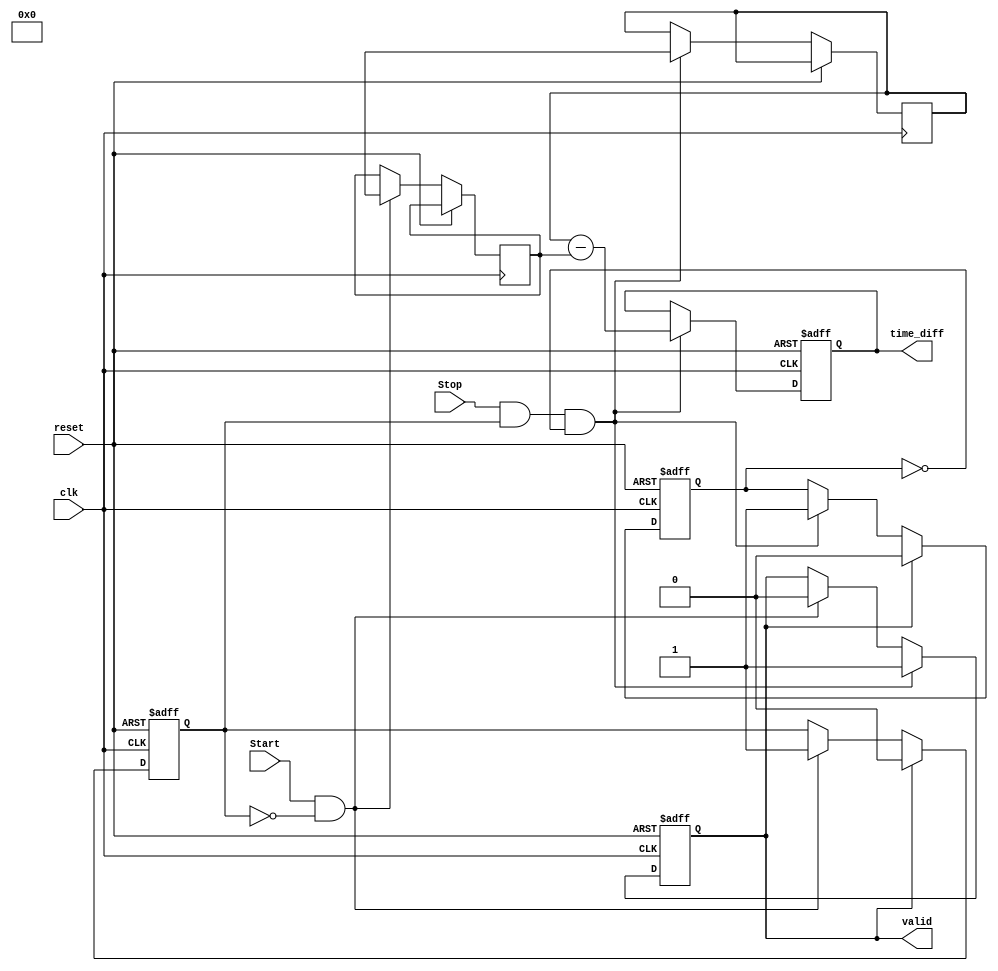
module TDC (
    input wire clk,             // Clock signal
    input wire reset,           // Asynchronous reset
    input wire Start,           // Start signal
    input wire Stop,            // Stop signal
    output reg [31:0] time_diff, // Output time difference
    output reg valid            // Output valid signal
);

    reg [31:0] start_timestamp; // Register to store Start timestamp
    reg [31:0] stop_timestamp;  // Register to store Stop timestamp
    reg start_detected;         // Flag to indicate Start event detected
    reg stop_detected;          // Flag to indicate Stop event detected

    // Clock edge detection for Start and Stop signals
    always @(posedge clk or posedge reset) begin
        if (reset) begin
            start_detected <= 0;
            stop_detected <= 0;
            time_diff <= 0;
            valid <= 0;
        end else begin
            // Detect rising edge of Start signal
            if (Start && !start_detected) begin
                start_timestamp <= $time; // Capture current time as Start timestamp
                start_detected <= 1;       // Set Start detected flag
                valid <= 0;                // Reset valid flag
            end
            
            // Detect rising edge of Stop signal
            if (Stop && start_detected && !stop_detected) begin
                stop_timestamp <= $time;   // Capture current time as Stop timestamp
                stop_detected <= 1;         // Set Stop detected flag
                time_diff <= stop_timestamp - start_timestamp; // Calculate time difference
                valid <= 1;                 // Set valid flag
            end
            
            // Reset flags after processing
            if (valid) begin
                start_detected <= 0;       // Reset Start detected flag for next measurement
                stop_detected <= 0;        // Reset Stop detected flag for next measurement
            end
        end
    end

endmodule